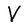
Character: V